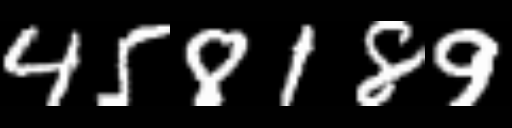
Text: 458189